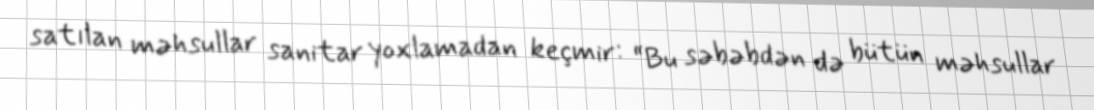
satılan məhsullar sanitar yoxlamadan keçmir: “Bu səbəbdən də bütün məhsullar